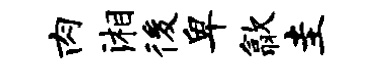
肉湘後卑歙圭